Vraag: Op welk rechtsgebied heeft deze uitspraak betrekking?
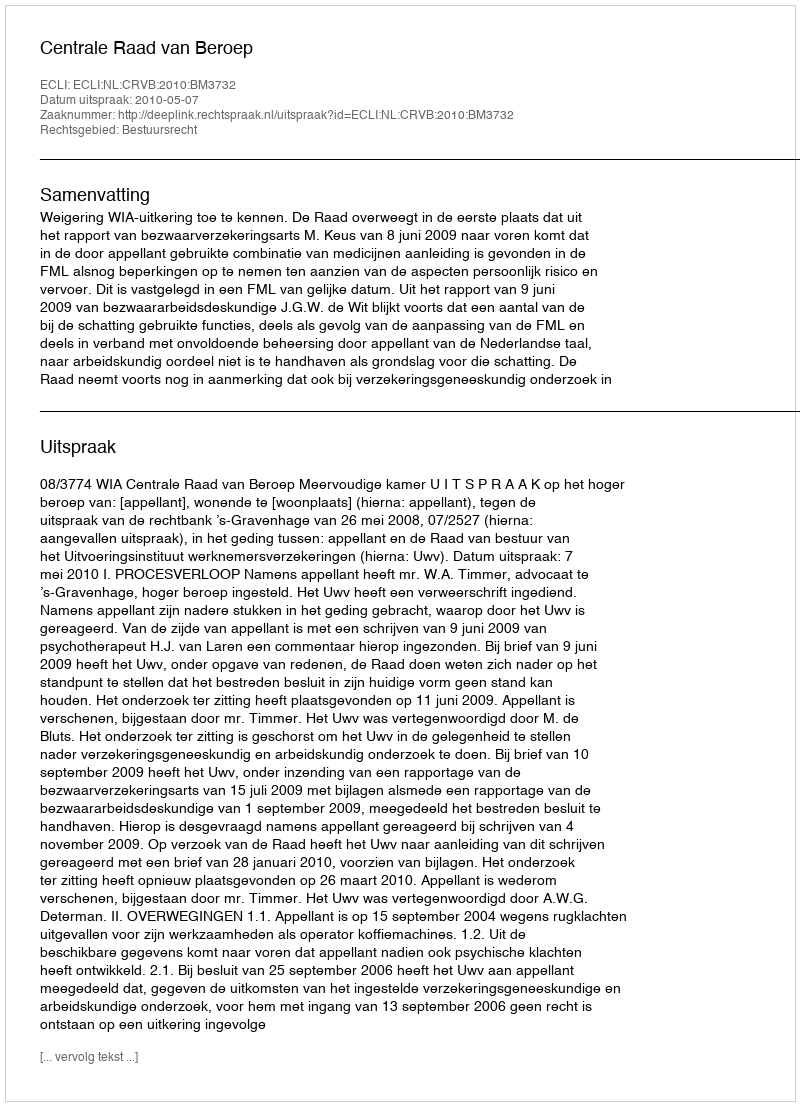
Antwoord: Bestuursrecht